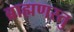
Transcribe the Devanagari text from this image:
ब्राह्मणस्तु